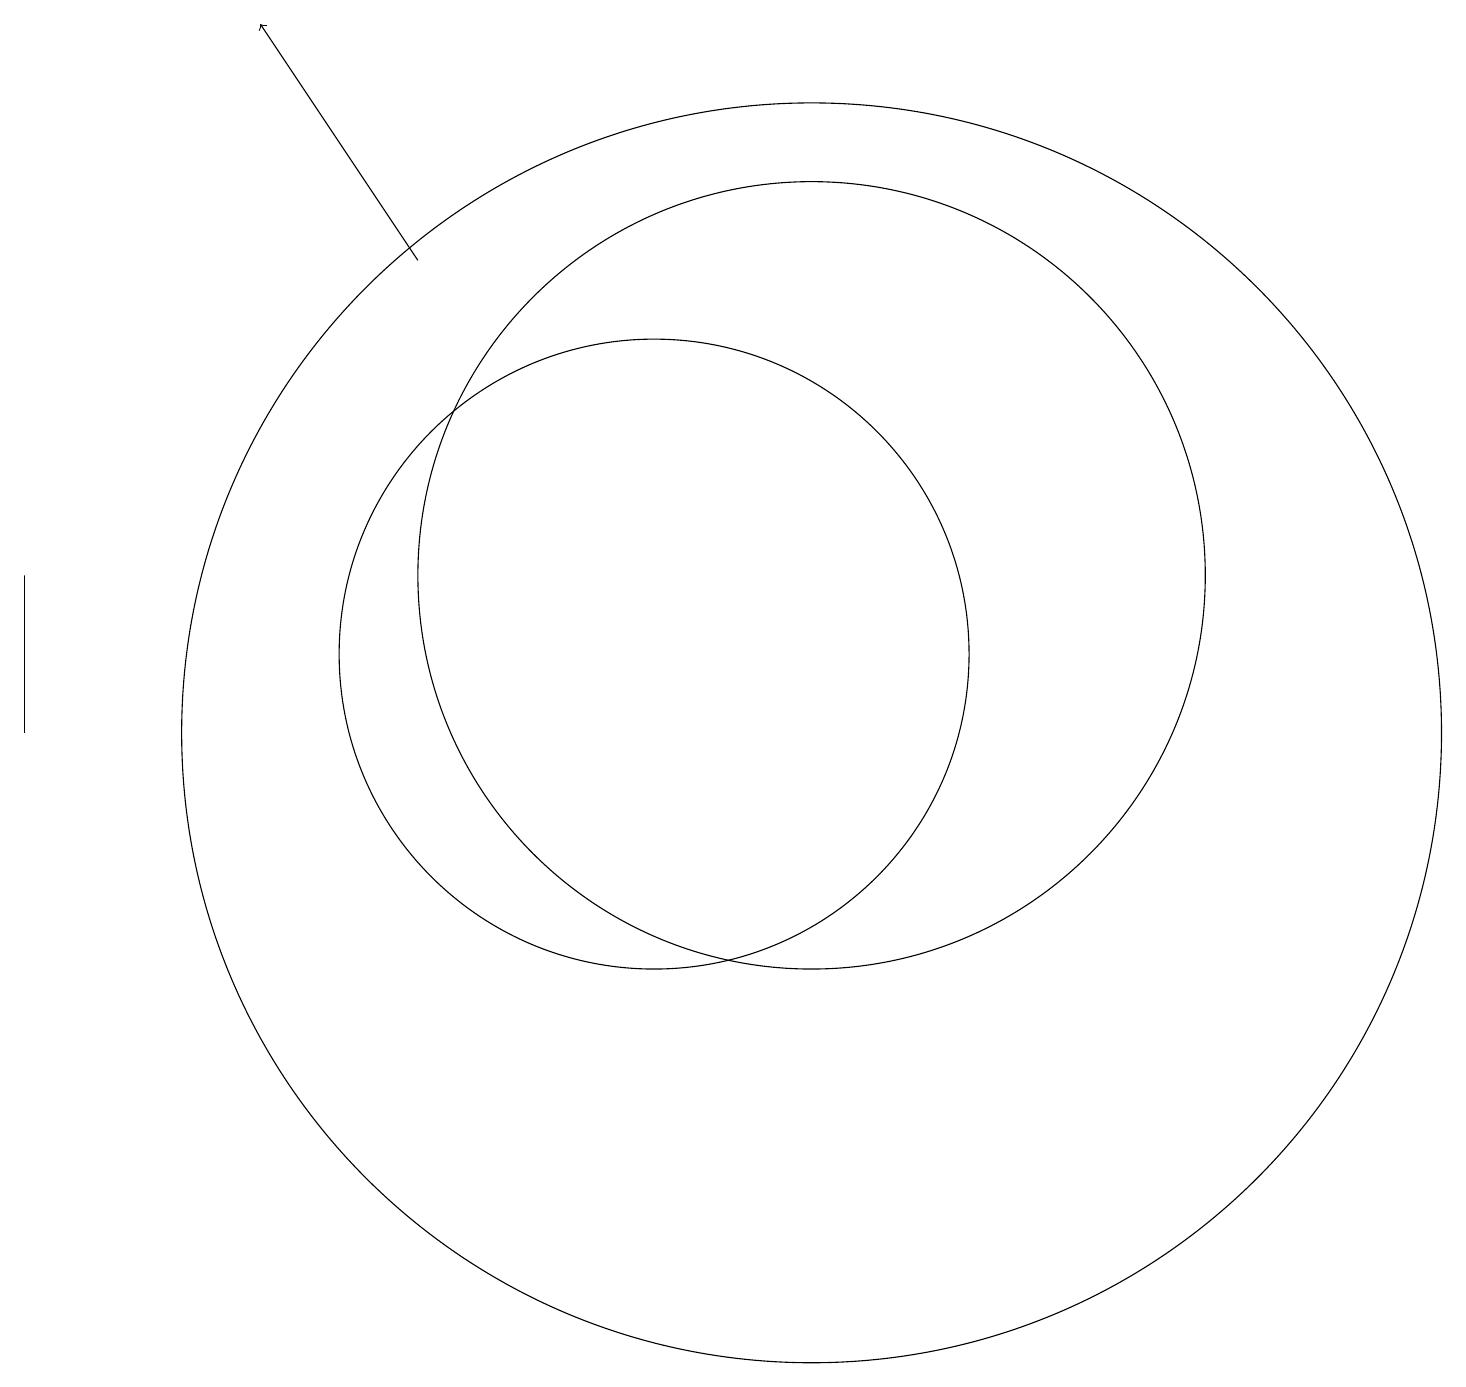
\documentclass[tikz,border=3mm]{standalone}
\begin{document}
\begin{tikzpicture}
\draw (2,10) rectangle (2,12);
\draw (10,11) circle (4);
\draw (12,12) circle (5);
\draw[->] (7,16) -- (5,19);
\draw (12,10) circle (8);
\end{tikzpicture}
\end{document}